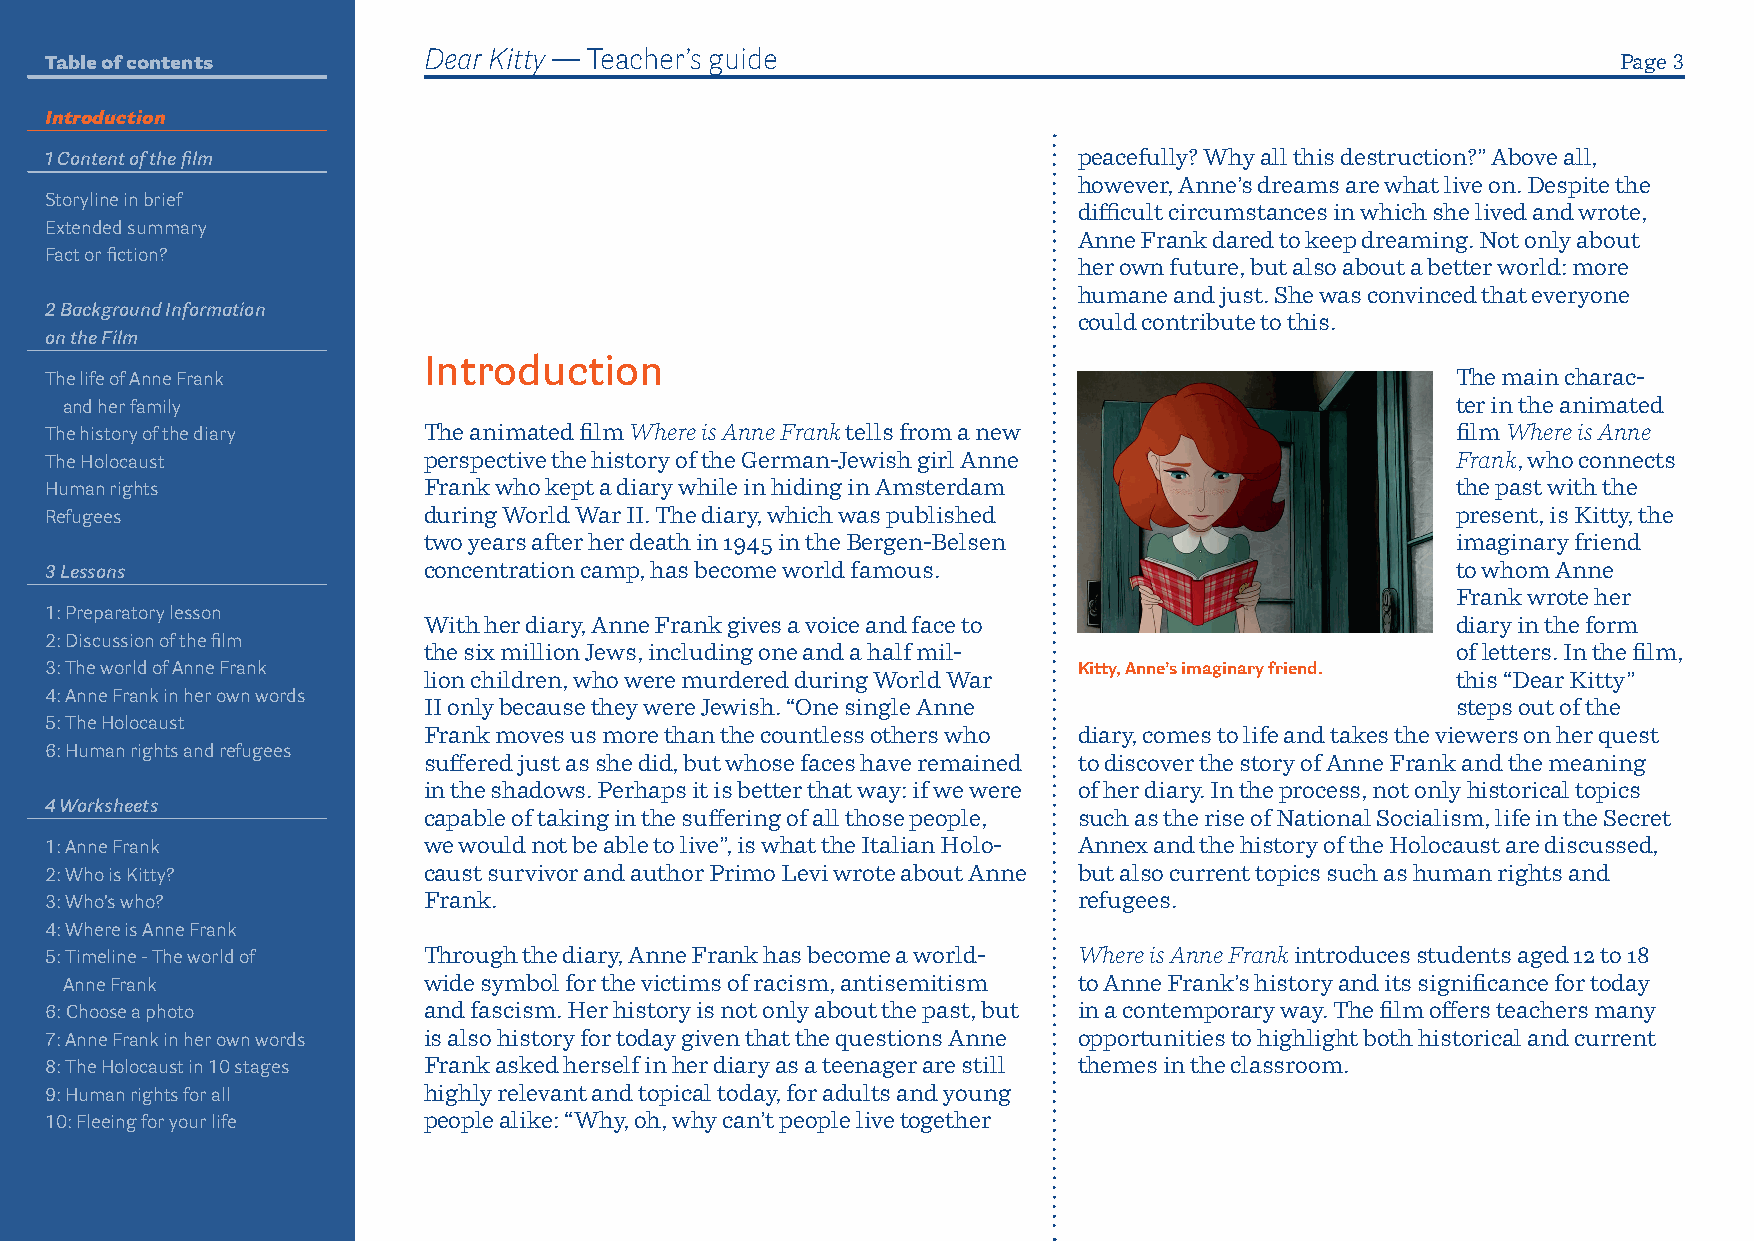
Table of contents        Dear Kitty — Teacher’s guide                                                   Page 3
 Introduction
 1 Content of the film                                               peacefully? Why all this destruction?” Above all,
 however, Anne’s dreams are what live on. Despite the
 Storyline in brief
 difficult circumstances in which she lived and wrote,
 Extended summary
 Anne Frank dared to keep dreaming. Not only about
 Fact or fiction?
 her own future, but also about a better world: more
 humane and just. She was convinced that everyone
 2 Background Information
 could contribute to this.
 on the Film
 Introduction
 The life of Anne Frank                                                                       The main charac-
 and her family                                                                              ter in the ani mated
 The history of the diary The animated film Where is Anne Frank tells from a new              film Where is Anne
 The Holocaust            perspective the history of the German-Jewish girl Anne              Frank, who connects
 Human rights             Frank who kept a diary while in hiding in Amsterdam                 the past with the
 Refugees                 during World War II. The diary, which was published                 present, is Kitty, the
 two years after her death in 1945 in the Bergen-Belsen              imaginary friend
 3 Lessons                concentration camp, has become world famous.                        to whom Anne
 Frank wrote her
 1: Preparatory lesson
 With her diary, Anne Frank gives a voice and face to                diary in the form
 2: Discussion of the film
 the six million Jews, including one and a half mil-                 of letters. In the film,
 3: The world of Anne Frank                                          Kitty, Anne’s imaginary friend.
 lion children, who were murdered during World War                   this “Dear Kitty”
 4: Anne Frank in her own words
 II only because they were Jewish. “One single Anne                  steps out of the
 5: The Holocaust
 Frank moves us more than the countless others who diary, comes to life and takes the viewers on her quest
 6: Human rights and refugees
 suffered just as she did, but whose faces have remained to discover the story of Anne Frank and the meaning
 in the shadows. Perhaps it is better that way: if we were of her diary. In the process, not only historic al topics
 4 Worksheets
 capable of taking in the suffering of all those people, such as the rise of National Socialism, life in the Secret
 1: Anne Frank            we would not be able to live”, is what the Italian Holo- Annex and the history of the Holocaust are discussed,
 2: Who is Kitty?         caust survivor and author Primo Levi wrote about Anne but also current topics such as human rights and
 3: Who’s who?            Frank.                                     refugees.
 4: Where is Anne Frank
 5: Timeline - The world of Through the diary, Anne Frank has become a world- Where is Anne Frank introduces students aged 12 to 18
 Anne Frank              wide symbol for the victims of racism, antisemitism to Anne Frank’s history and its significance for today
 6: Choose a photo        and fascism. Her history is not only about the past, but in a contemporary way. The film offers teachers many
 7: Anne Frank in her own words is also history for today given that the questions Anne opportunities to highlight both historical and current
 8: The Holocaust in 10 stages Frank asked herself in her diary as a teenager are still themes in the classroom.
 9: Human rights for all  highly relevant and topical today, for adults and young
 10: Fleeing for your life people alike: “Why, oh, why can’t people live together